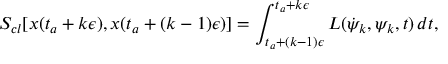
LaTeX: S _ { c l } [ x ( t _ { a } + k \epsilon ) , x ( t _ { a } + ( k - 1 ) \epsilon ) ] = \int _ { t _ { a } + ( k - 1 ) \epsilon } ^ { t _ { a } + k \epsilon } { \cal { L } } ( \dot { \psi } _ { k } , \psi _ { k } , t ) \, d t ,